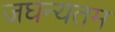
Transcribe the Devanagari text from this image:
जघन्यतम